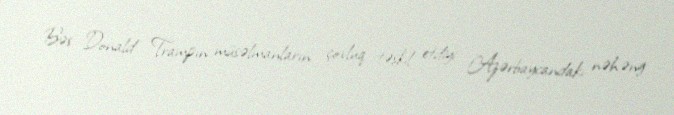
Bəs Donald Trampın müsəlmanların çoxluq təşkil etdiyi Azərbaycandakı nəhəng